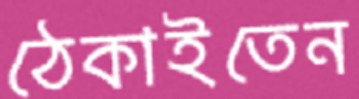
ঠেকাইতেন